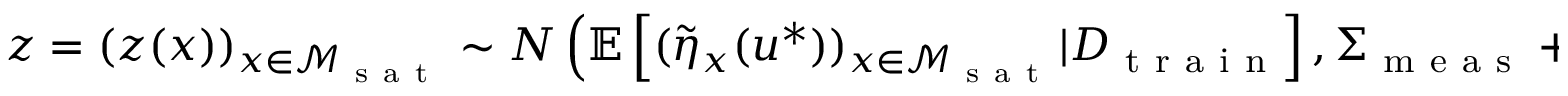
z = ( z ( x ) ) _ { x \in \mathcal { M } _ { \mathrm { ~ s ~ a ~ t ~ } } } \sim N \left( \mathbb { E } \left[ ( \Tilde { \eta } _ { x } ( u ^ { * } ) ) _ { x \in \mathcal { M } _ { \mathrm { ~ s ~ a ~ t ~ } } } \vert D _ { \mathrm { ~ t ~ r ~ a ~ i ~ n ~ } } \right] , \Sigma _ { \mathrm { ~ m ~ e ~ a ~ s ~ } } + \Sigma _ { \mathrm { ~ e ~ m ~ u ~ } } + \delta ^ { 2 } I _ { \lvert \mathcal { M } _ { \mathrm { ~ s ~ a ~ t ~ } } \rvert } \right) ,